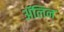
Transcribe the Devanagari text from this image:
ॲलिन